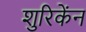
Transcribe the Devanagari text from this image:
शुरिकेंन